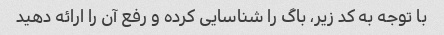
با توجه به کد زیر، باگ را شناسایی کرده و رفع آن را ارائه دهید